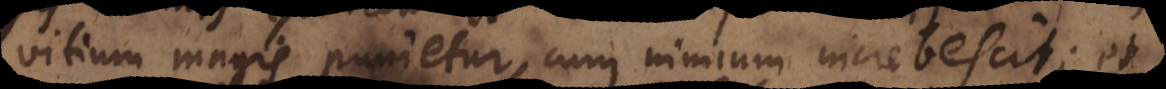
vitium magis punietur, cum nimium increbescit; et